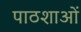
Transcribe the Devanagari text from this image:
पाठशाओं